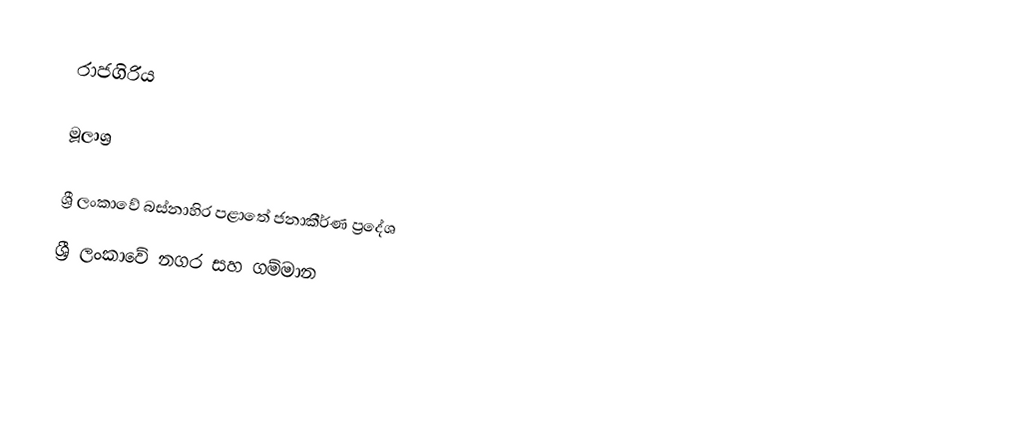
රාජගිරිය

මූලාශ්‍ර

ශ්‍රී ලංකාවේ බස්නාහිර පළාතේ ජනාකීර්ණ ප්‍රදේශ
ශ්‍රී ලංකාවේ නගර සහ ගම්මාන